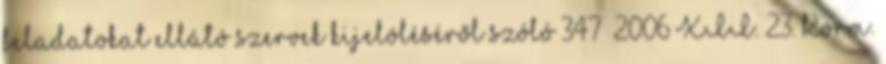
feladatokat ellátó szervek kijelöléséről szóló 347 2006 XII. 23. Korm.